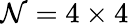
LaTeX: \mathcal{N}=4\times4